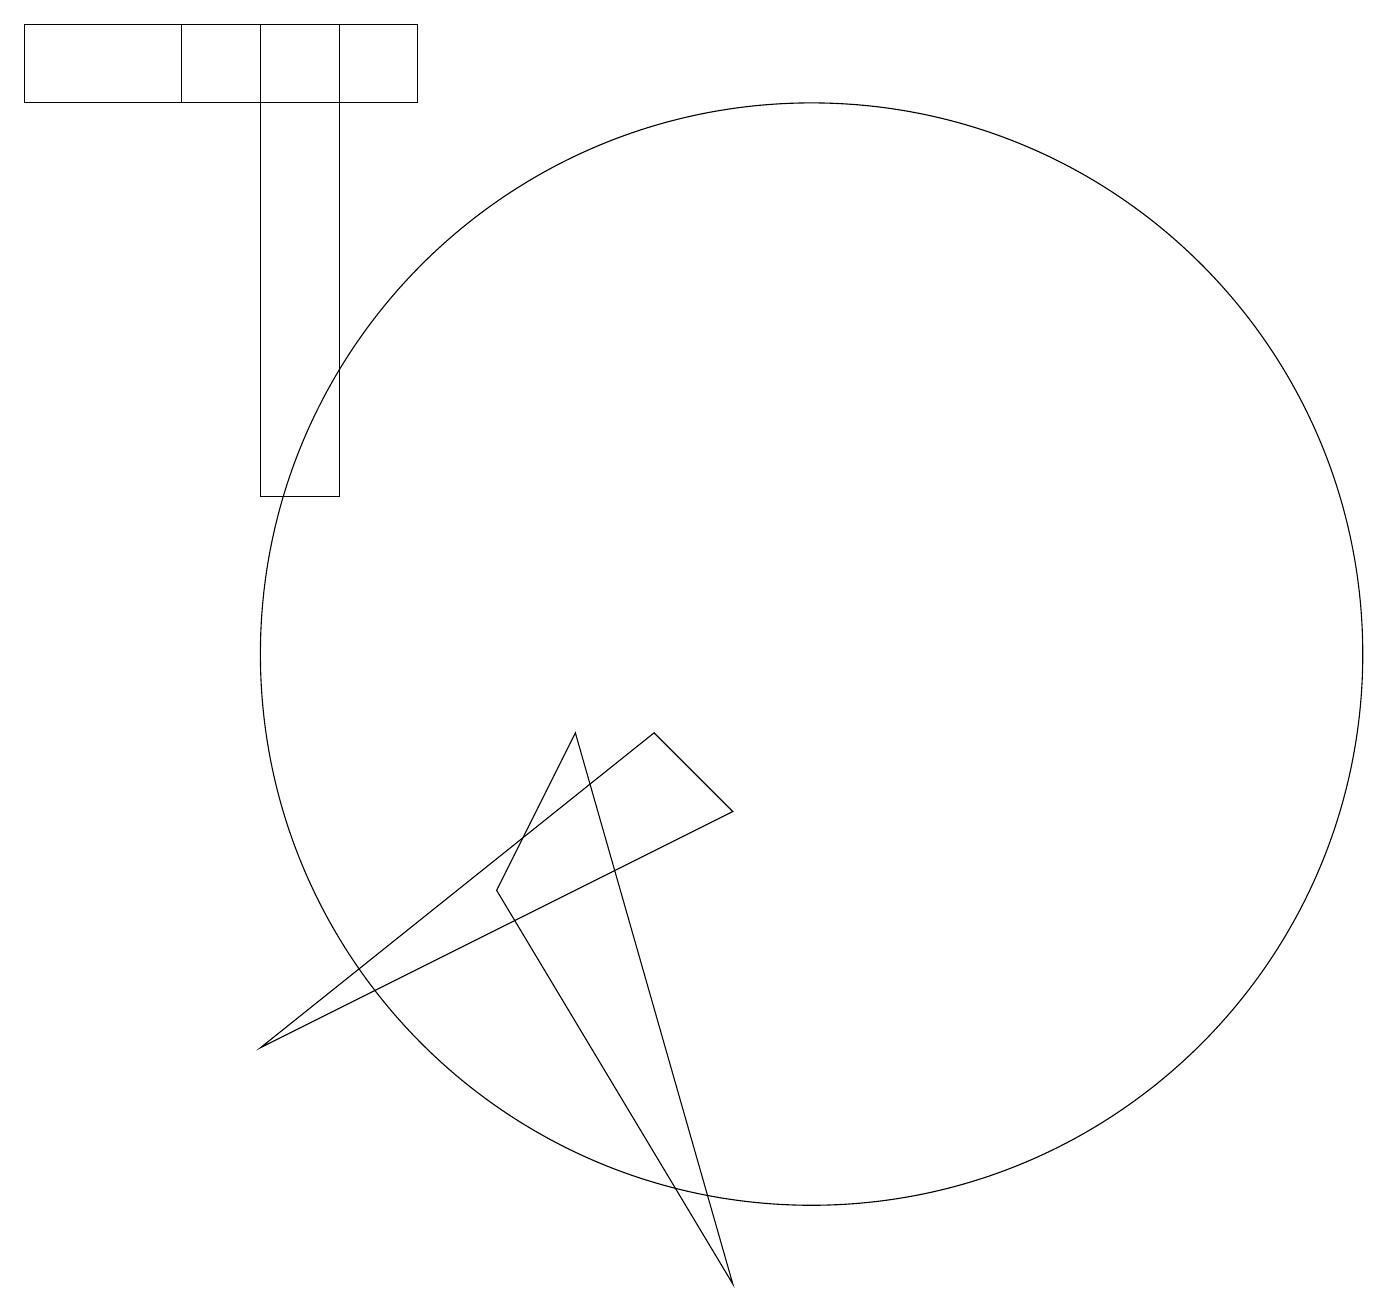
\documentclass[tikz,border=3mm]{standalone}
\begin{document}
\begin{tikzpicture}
\draw (7,9) -- (9,2) -- (6,7) -- cycle;
\draw (9,8) -- (3,5) -- (8,9) -- cycle;
\draw (0,18) rectangle (3,17);
\draw (3,12) rectangle (4,18);
\draw (5,18) rectangle (2,17);
\draw (10,10) circle (7);
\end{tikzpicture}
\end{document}